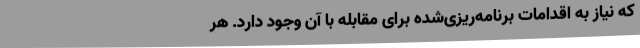
که نیاز به اقدامات برنامه‌ریزی‌شده برای مقابله با آن وجود دارد. هر